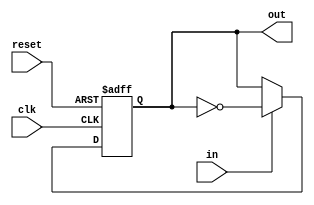
module pulse2toggle(/*AUTOARG*/
   // Outputs
   out,
   // Inputs
   clk, in, reset
   );

   
   //clocks
   input  clk; 
   
   input  in;   
   output out;

   //reset
   input  reset;  //do we need this???


   reg 	  out;
   wire   toggle;
   
   //if input goes high, toggle output
   //note1: input can only be high for one clock cycle
   //note2: be careful with clock gating

   assign toggle = in ? ~out :
		         out;
   

   always @ (posedge clk or posedge reset)
     if(reset)
       out <= 1'b0;
     else
       out <= toggle;
   
endmodule